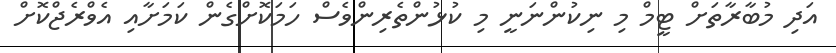
އަދި މުބާރާތަށް ޓީމް މި ނިކުންނަނީ މި ކުޅުންތެރިންވެސް ހަމަކޮށްގެން ކަމަށާއި އެވްރެޖްކޮށް